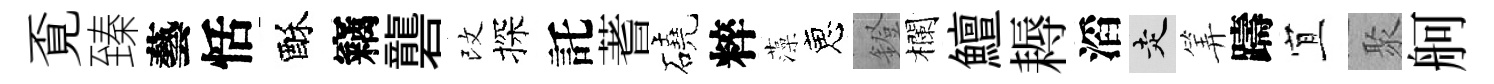
覔臻藝恬酥竊礱改探託蓍磽粹藻恵鐙欄鱣耨滔走筭躊宜聚舸